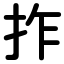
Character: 拃